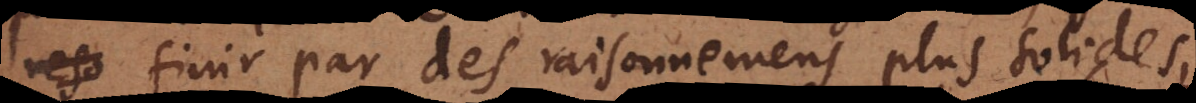
reso finir par des raisonnemens plus solides,